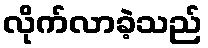
လိုက်လာခဲ့သည်